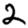
Digit: 2